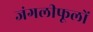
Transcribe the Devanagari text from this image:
जंगलीफूलों